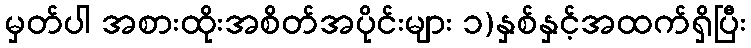
မှတ်ပါ အစားထိုးအစိတ်အပိုင်းများ ၁)နှစ်နှင့်အထက်ရှိပြီး